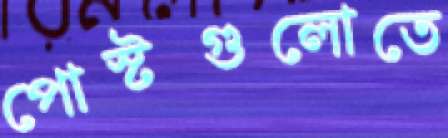
পোস্টগুলোতে